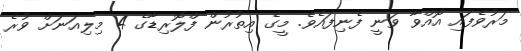
މަރުވެފައި އޮއްވާ ވަނީ ފެނިފައެވެ. މީގެ އިތުރުން ފްލޮރިޑާގެ 4 މިލިއަނަށް ވުރެ